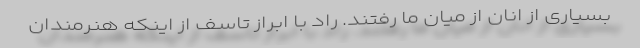
بسیاری از انان از میان ما رفتند. راد با ابراز تاسف از اینکه هنرمندان